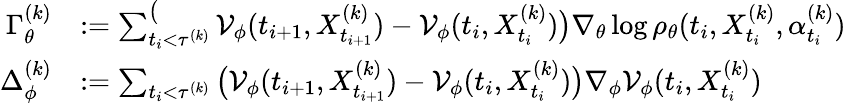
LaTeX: \begin{array}{rl}{\Gamma_{\theta}^{(k)}}&{:=\sum_{t_{i}<\tau^{(k)}}^\big({\cal V}_{\phi}(t_{i+1},X_{t_{i+1}}^{(k)})-{\cal V}_{\phi}(t_{i},X_{t_{i}}^{(k)})\big)\nabla_{\theta}\log\rho_{\theta}(t_{i},X_{t_{i}}^{(k)},\alpha_{t_{i}}^{(k)})}\\ {\Delta_{\phi}^{(k)}}&{:=\sum_{t_{i}<\tau^{(k)}}\big({\cal V}_{\phi}(t_{i+1},X_{t_{i+1}}^{(k)})-{\cal V}_{\phi}(t_{i},X_{t_{i}}^{(k)})\big)\nabla_{\phi}{\cal V}_{\phi}(t_{i},X_{t_{i}}^{(k)})}\end{array}